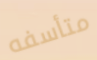
متأسفه